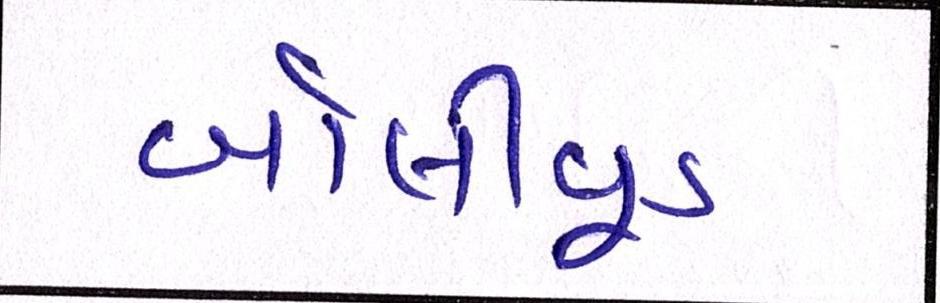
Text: બૉલીવૂડ